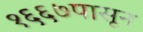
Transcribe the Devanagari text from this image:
१६६७पासून